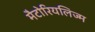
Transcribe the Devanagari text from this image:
मैटोरियलिज्म